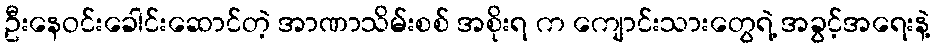
ဦးနေဝင်းခေါင်းဆောင်တဲ့ အာဏာသိမ်းစစ် အစိုးရ က ကျောင်းသားတွေရဲ့ အခွင့်အရေးနဲ့